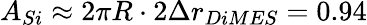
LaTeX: A_{Si}\approx 2\pi R\cdot 2\Delta r_{DiMES}=0.94